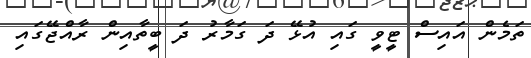
ތަމެން އައިސް ޓީވީ ގައި އުޅޭ ދަ ގަމާރު ދަ ބީތާއިން ރާއްޖޭގައި